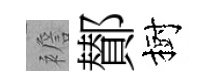
襜鄼樹